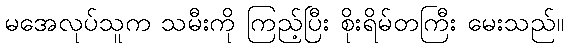
မအေလုပ်သူက သမီးကို ကြည့်ပြီး စိုးရိမ်တကြီး မေးသည်။